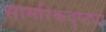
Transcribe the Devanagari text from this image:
सामरिकदृष्ट्या